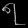
Digit: ၇